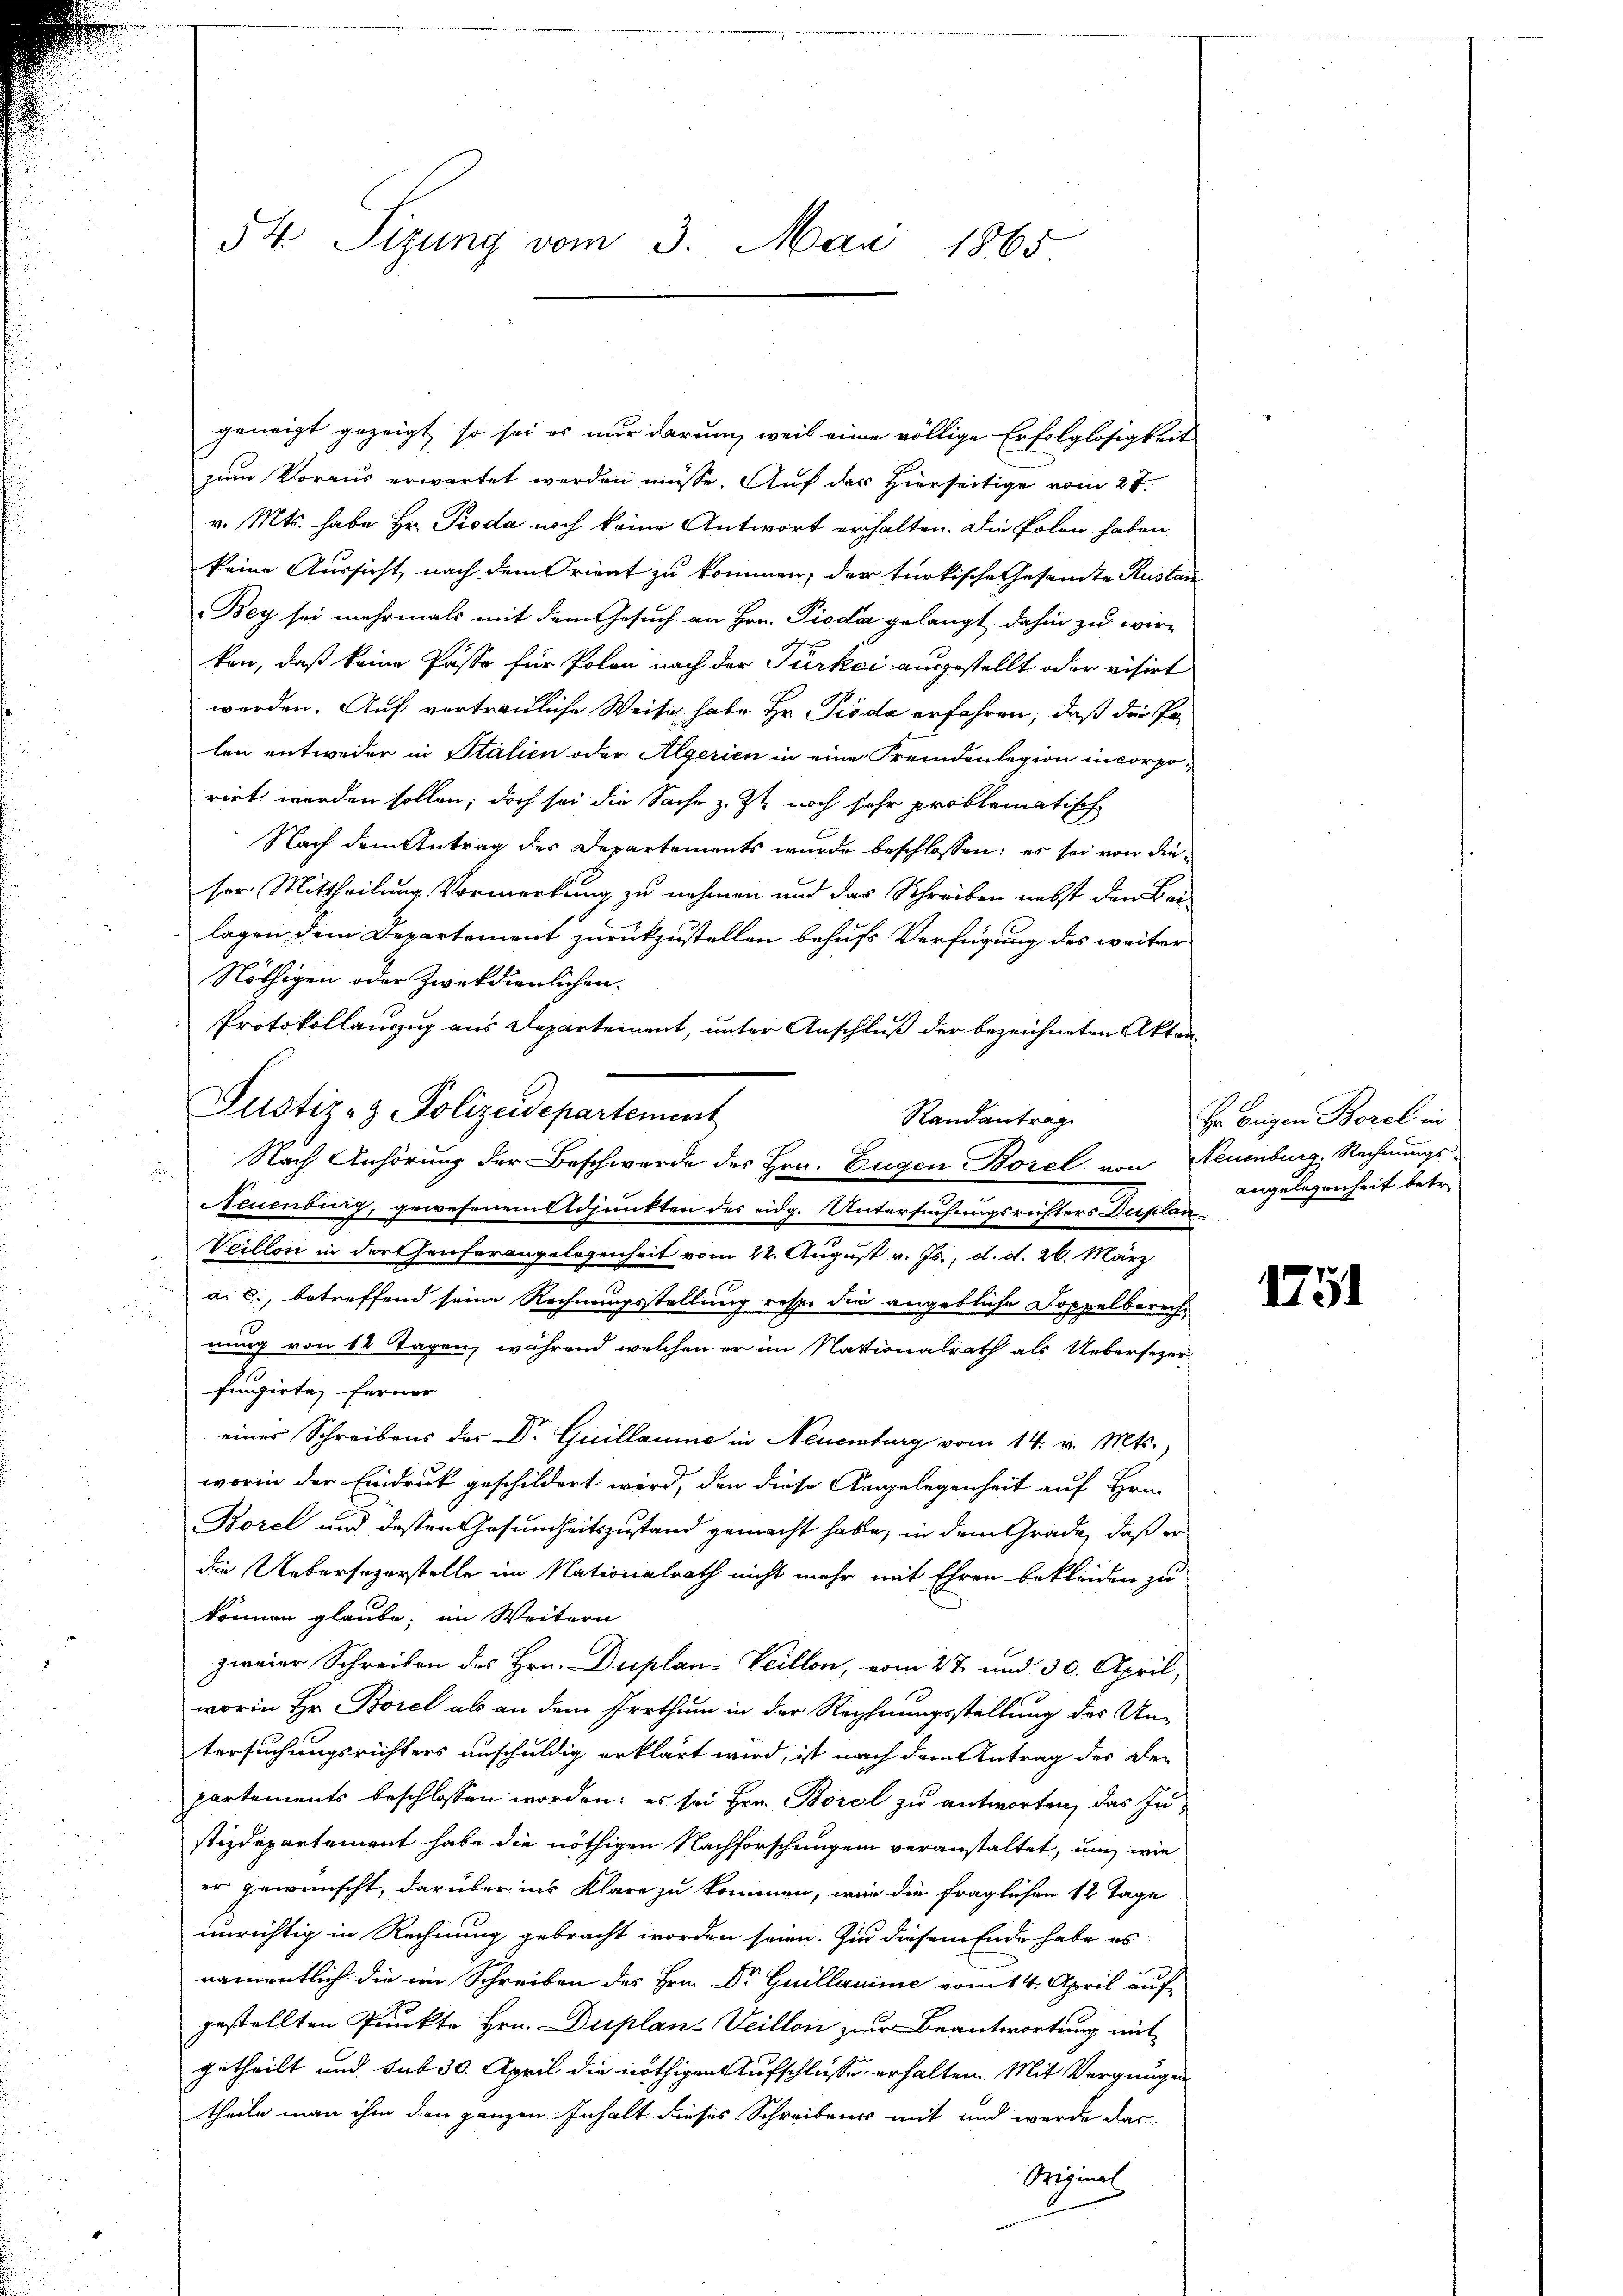
54 Sizung vom 3. Mai 1865

geneigt gezeigt, so sei es nur darum, weil eine völlige Erfolglosigkeit
zum Voraus erwartet werden müsse. Auf der Hierseitige vom 27.
v. Mts. habe Hr. Pioda noch keine Antwort erhalten. Die Polen haben
keine Aussicht, nach dem Orient zu kommen, der türkische Gesandte Austan
Bey sei mehrmals mit dem Gesuch an Hr. Pioda gelangt, dahin zu wir-
ken, daß keine Pässe für Polen nach der Türkei ausgestellt oder visirt
worden. Auf vortrauliche Weise habe Hr. Pioda erfahren, daß die Palen entweder in Stalien oder Algerien in eine Fremdenlegion in corporirt werden sollen; doch sei die Sache z. Z. noch sehr problematisch
Nach dem Antrag des Departements wurde beschlossen; es sei von dieser Mittheilung Vormerkung zu nehmen und das Schreiben nebst den Beilagen dem Departement zurückzustellen behufs Verfügung des weiter
Nöthigen oder Zweckdienlichen.
Protokollauszug aus Departement, unter Anschluß der bezeichneten Akten¬
Nach Anhörung der Beschwerde des Hrn. Eugen Borel von Neuenburg, Rechnungs-
Neuenburg, gewesenen Adjunkten des eidg. Untersuchungsrichters Duplan¬
Veillon in dorthauferangelegenheit vom 22. August v. Js., d. d. 26. März
4
a. c., betreffend seine Rechnungsstellung resp. die angebliche Doppelberech¬
1
nung von 14 Tagen, während welchen er im Nationalrath als Uebersezer
fungirte ferner
eines Schreibens der Dr. Guillaume in Neuenburg vom 14. v. Mts.,
worin der Eindruck geschildert wird, den diese Angelegenheit auf Hrn.
Borel und dessen Gesundheitszustand gemacht habe, in dem Grade, daß er
die Uebersezerstelle im Nationalrath nicht mehr mit Ehren bekleiden zu
können glaube, im Weitern
zweier Schreiben des Hrn. Duplan- Veillon, vom 27. und 30. April,
worin Hr. Borel als an dem Irrthum in der Rechnungsstellung des Un-
tersuchungsrichters unschuldig erklärt wird, ist nach dem Antrag des Departements beschlossen worden; es sei Hrn. Borel zu antworten, das Instizdepartement habe die nöthigen Nachforschungen veranstaltet, um wie
er gewünscht, darüber ins klare zu kommen, wie die fraglichen 12 Tage
unrichtig in Rechnung gebracht worden seien. Ein diesem Ende habe es
namentlich die ein Schreiben des Hrn. Dr Guillanime vom 14. April aufgestellten Punkte Hrn. Duplan-Veillon zur Beantwortung mit
getheilt und sub 30. April die nöthigen Aufschlüsse erhalten. Mit Vergnügen
theile man ihm den ganzen Inhalt dieses Schreibens mit und wurde das
Original

Justiz- & Polizeidepartement

Randantrag

Er beigen Borel in
angelegenheit betr.

1751